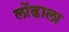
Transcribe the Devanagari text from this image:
लोंढाला